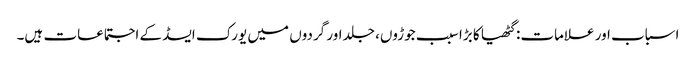
اسباب اور علامات: گٹھیا کا بڑا سبب جوڑوں، جلد اور گردوں میں یورک ایسڈ کے اجتماعات ہیں۔